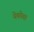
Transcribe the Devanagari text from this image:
येकोबा